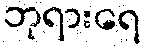
ဘုရားရေ